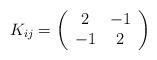
LaTeX: \begin{align*}K_{ij} = \left( \begin{array}{cc} 2 & -1\\ -1 & 2 \end{array} \right)\end{align*}